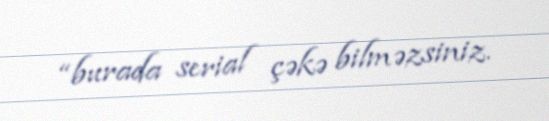
“burada serial çəkə bilməzsiniz.